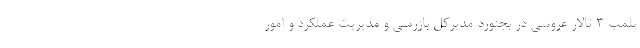
پلمب 3 تالار عروسی در بجنورد مدیرکل بازرسی و مدیریت عملکرد و امور